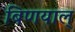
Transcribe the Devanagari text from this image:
बिणयाल्